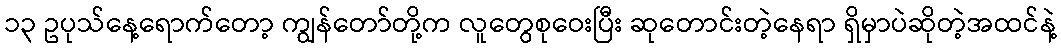
၁၃ ဥပုသ်နေ့ရောက်တော့ ကျွန်တော်တို့က လူတွေစုဝေးပြီး ဆုတောင်းတဲ့နေရာ ရှိမှာပဲဆိုတဲ့အထင်နဲ့